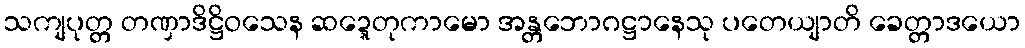
သကျပုတ္တ တဏှာဒိဋ္ဌိဝသေန ဆဍ္ဍေတုကာမော အန္တဘောဂဋ္ဌာနေသု ပတေယျာတိ ခေတ္တာဒယော